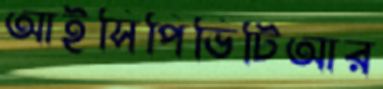
আইসিপিভিটিআর